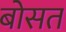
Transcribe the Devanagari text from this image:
बोसत